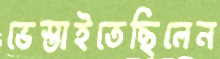
ভেস্তাইতেছিলেন